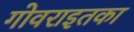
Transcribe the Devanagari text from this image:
गोवराइतका